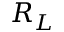
R _ { L }